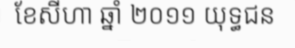
ខែសីហា ឆ្នាំ ២០១១ យុទ្ធជន